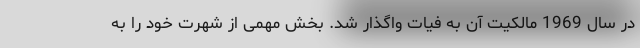
در سال 1969 مالکیت آن به فیات واگذار شد. بخش مهمی از شهرت خود را به